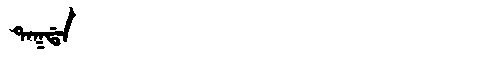
Manchu: ᡨᠠᡴᡩᠠ
Romanization: TAKDA